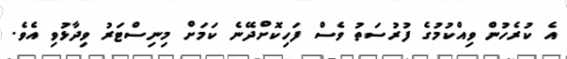
އެ ކުރެހުން ވިއްކުމުގެ ފުރުސަތު ވެސް ފަހިކޮށްދޭނެ ކަމަށް މިނިސްޓަރު ވިދާޅުވި އެވެ.